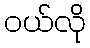
ဝယ်လို